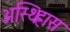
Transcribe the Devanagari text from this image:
अस्थिह्रास